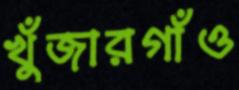
খুঁজারগাঁও